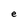
Character: e